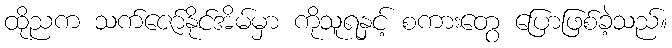
ထိုညက သက်ဇော်နိုင်အိမ်မှာ ကိုသူရနှင့် စကားတွေ ပြောဖြစ်ခဲ့သည်။